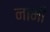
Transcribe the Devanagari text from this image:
नाभीं